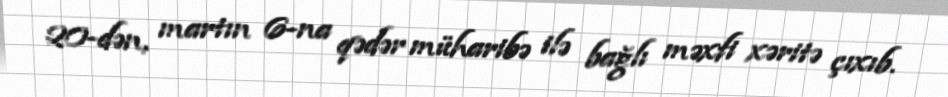
20-dən, martın 6-na qədər müharibə ilə bağlı məxfi xəritə çıxıb.